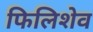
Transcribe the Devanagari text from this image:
फिलिशेव